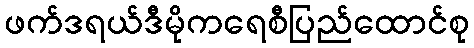
ဖက်ဒရယ်ဒီမိုကရေစီပြည်ထောင်စု